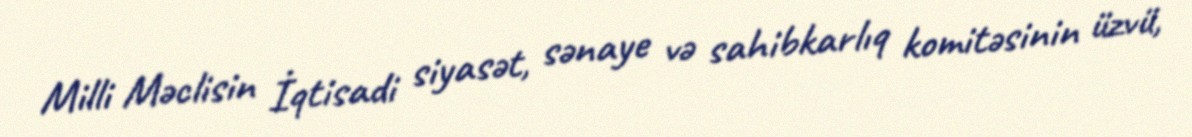
Milli Məclisin İqtisadi siyasət, sənaye və sahibkarlıq komitəsinin üzvü,